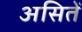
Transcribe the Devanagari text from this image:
असितें